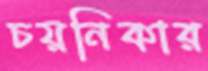
চয়নিকার